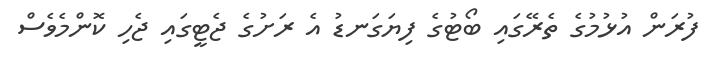
ފުރަން އުޅުމުގެ ތެރޭގައި ބޯޓުގެ ފިޔަގަނޑު އެ ރަށުގެ ޖެޓީގައި ޖެހި ކޮންމެވެސް